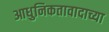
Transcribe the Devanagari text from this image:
आधुनिकतावादाच्या